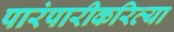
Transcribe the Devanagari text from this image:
पारंपारीकरित्या